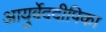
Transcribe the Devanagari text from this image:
आयुर्वेददीपिका